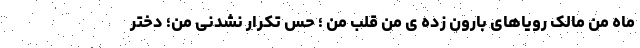
ماه من مالک رویاهای بارون زده ی من قلب من ؛ حس تکرار نشدنی من؛ دختر